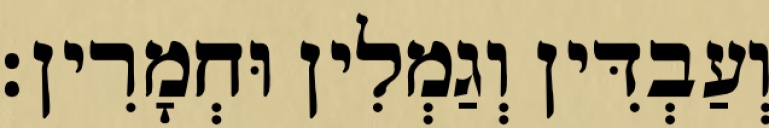
וְעַבְדִּין וְגַמְלִין וּחְמָרִין׃